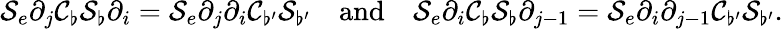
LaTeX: \mathcal{S}_{e}\partial_{j}\mathcal{C}_{\flat}\mathcal{S}_{\flat}\partial_{i}=\mathcal{S}_{e}\partial_{j}\partial_{i}\mathcal{C}_{\flat^{\prime}}\mathcal{S}_{\flat^{\prime}}\quad\mathrm{and}\quad\mathcal{S}_{e}\partial_{i}\mathcal{C}_{\flat}\mathcal{S}_{\flat}\partial_{j-1}=\mathcal{S}_{e}\partial_{i}\partial_{j-1}\mathcal{C}_{\flat^{\prime}}\mathcal{S}_{\flat^{\prime}}.